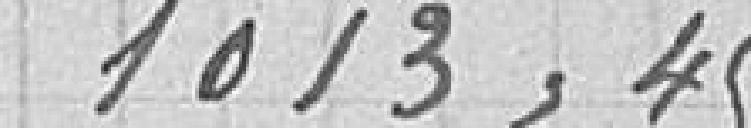
1013,45